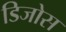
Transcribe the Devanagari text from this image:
डिजोस